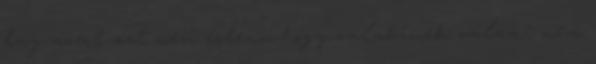
baj. azért azt nem érteni, hogy valakinek valami nem